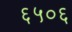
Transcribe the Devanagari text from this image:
६५०६